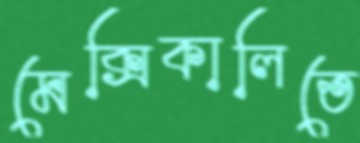
মেক্সিকালিতে